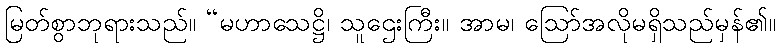
မြတ်စွာဘုရားသည်။ “မဟာသေဋ္ဌိ၊ သူဌေးကြီး။ အာမ၊ ဩော်အလိုမရှိသည်မှန်၏။